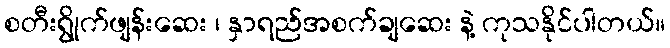
စတီးရွိုက်ဖျန်းဆေး ၊ နှာရည်အစက်ချဆေး နဲ့ ကုသနိုင်ပါတယ်။